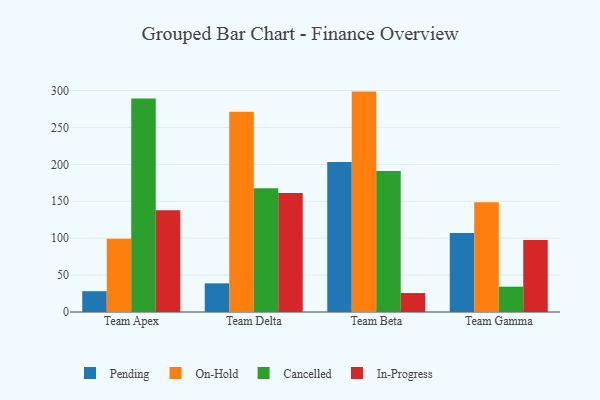
{"axis": {"x": "Team", "y": "Backlog"}, "legend": ["Cancelled", "In-Progress", "On-Hold", "Pending"], "data": [{"x": "Team Apex", "y": 28.2, "type": "Pending"}, {"x": "Team Apex", "y": 99.1, "type": "On-Hold"}, {"x": "Team Apex", "y": 289.1, "type": "Cancelled"}, {"x": "Team Apex", "y": 137.8, "type": "In-Progress"}, {"x": "Team Delta", "y": 38.8, "type": "Pending"}, {"x": "Team Delta", "y": 271.2, "type": "On-Hold"}, {"x": "Team Delta", "y": 167.8, "type": "Cancelled"}, {"x": "Team Delta", "y": 161.1, "type": "In-Progress"}, {"x": "Team Beta", "y": 203.1, "type": "Pending"}, {"x": "Team Beta", "y": 298.6, "type": "On-Hold"}, {"x": "Team Beta", "y": 191.1, "type": "Cancelled"}, {"x": "Team Beta", "y": 25.7, "type": "In-Progress"}, {"x": "Team Gamma", "y": 106.9, "type": "Pending"}, {"x": "Team Gamma", "y": 148.8, "type": "On-Hold"}, {"x": "Team Gamma", "y": 34.3, "type": "Cancelled"}, {"x": "Team Gamma", "y": 97.5, "type": "In-Progress"}]}